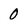
Character: 0